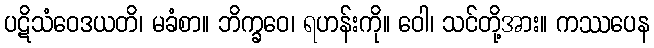
ပဋိသံဝေဒယတိ၊ မခံစာ။ ဘိက္ခဝေ၊ ရဟန်းကို။ ဝေါ၊ သင်တို့အား။ ကဿပေန